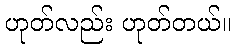
ဟုတ်လည်း ဟုတ်တယ်။